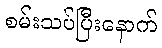
စမ်းသပ်ပြီးနောက်